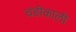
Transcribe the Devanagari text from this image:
चंडीकाली